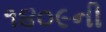
૧૪૦૯ની